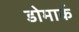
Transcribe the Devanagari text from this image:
डोमार्क